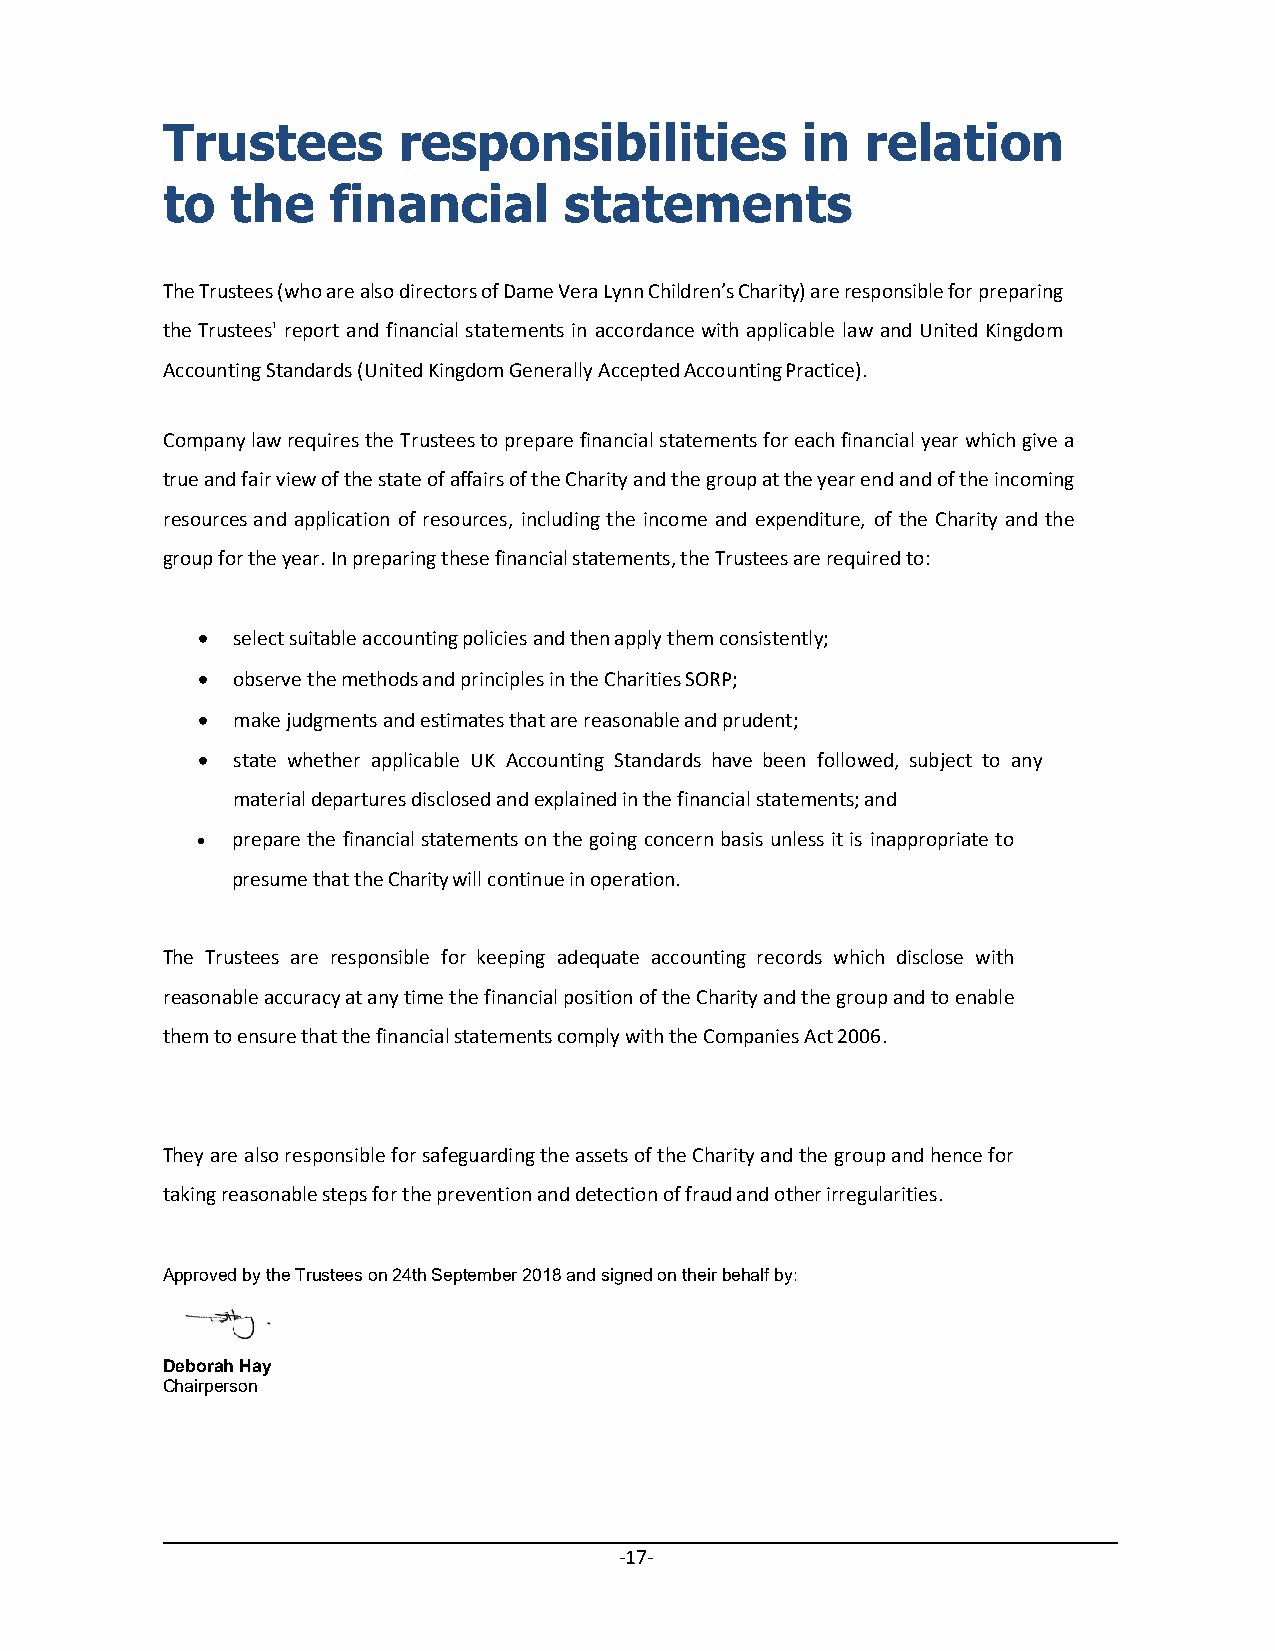
Trustees       responsibilities           in  relation
 to  the    financial      statements
 The Trustees (who are also directors of Dame Vera Lynn Children’s Charity) are responsible for preparing
 the Trustees' report and financial statements in accordance with applicable law and United Kingdom
 Accounting Standards (United Kingdom Generally Accepted Accounting Practice).
 Company law requires the Trustees to prepare financial statements for each financial year which give a
 true and fair view of the state of affairs of the Charity and the group at the year end and of the incoming
 resources and application of resources, including the income and expenditure, of the Charity and the
 group for the year. In preparing these financial statements, the Trustees are required to:
  select suitable accounting policies and then apply them consistently;
  observe the methods and principles in the Charities SORP;
  make judgments and estimates that are reasonable and prudent;
  state whether applicable UK Accounting Standards have been followed, subject to any
 material departures disclosed and explained in the financial statements; and
  prepare the financial statements on the going concern basis unless it is inappropriate to
 presume that the Charity will continue in operation.
 The Trustees are responsible for keeping adequate accounting records which disclose with
 reasonable accuracy at any time the financial position of the Charity and the group and to enable
 them to ensure that the financial statements comply with the Companies Act 2006.
 They are also responsible for safeguarding the assets of the Charity and the group and hence for
 taking reasonable steps for the prevention and detection of fraud and other irregularities.
 Approved by the Trustees on 24th September 2018 and signed on their behalf by:
 Deborah Hay
 Chairperson
 -17-